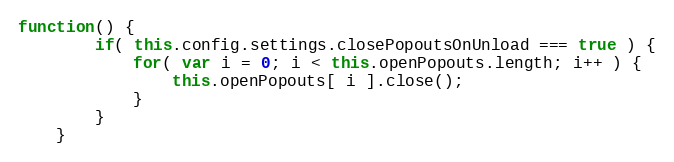
Language: JavaScript
function() {
		if( this.config.settings.closePopoutsOnUnload === true ) {
			for( var i = 0; i < this.openPopouts.length; i++ ) {
				this.openPopouts[ i ].close();
			}
		}
	}